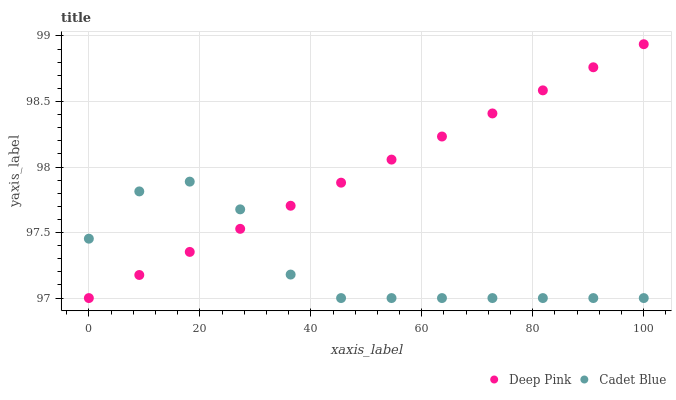
| xaxis_label | Deep Pink | Cadet Blue |
 | --- | --- | --- |
 | 0 | 97 | 97.5 |
 | 9.09 | 97.2 | 97.8 |
 | 18.2 | 97.4 | 97.9 |
 | 27.3 | 97.5 | 97.7 |
 | 36.4 | 97.7 | 97.2 |
 | 45.5 | 97.9 | 97 |
 | 54.5 | 98.1 | 97 |
 | 63.6 | 98.2 | 97 |
 | 72.7 | 98.4 | 97 |
 | 81.8 | 98.6 | 97 |
 | 90.9 | 98.8 | 97 |
 | 100 | 98.9 | 97 |